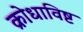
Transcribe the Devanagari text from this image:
क्रोधाविष्ट